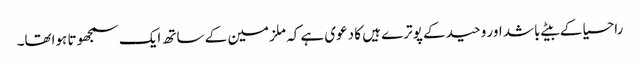
راحسیا کے بیٹے باشد اور وحید کے پوترے ہیں کا دعوی ہے کہ ملزمین کے ساتھ ایک سمجھوتا ہواتھا۔